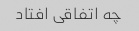
چه اتفاقی افتاد